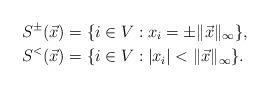
LaTeX: \begin{align*}S^\pm(\vec x) & =\{i\in V:x_i=\pm \|\vec x\|_\infty\}, \\S^<(\vec x) & =\{i\in V:|x_i|<\|\vec x\|_\infty\}. \end{align*}